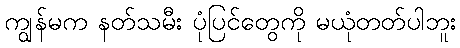
ကျွန်မက နတ်သမီး ပုံပြင်တွေကို မယုံတတ်ပါဘူး